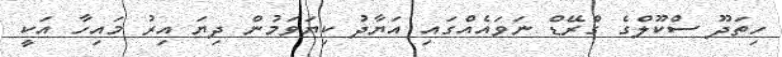
ހިތަދޫ ސްކޫލްގެ ގްރޭޑް ނަވައެއްގައި އަޔާދު ކިޔަވަމުން ދިޔަ އިރު މައިހާ އަކީ